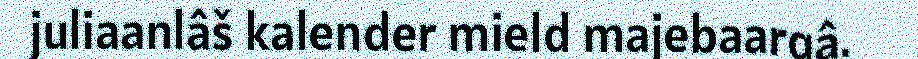
juliaanlâš kalender mield majebaargâ.